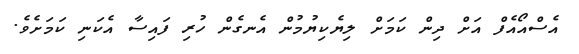
އެސްއޯއެފް އަށް ދިން ކަމަށް ލިޔެކިޔުމުން އެނގެން ހުރި ފައިސާ އެކަނި ކަމަށެވެ.